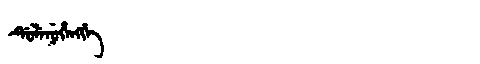
Manchu: ᡩᡠᠯᡝᠨᡠᡥᡝᠩᡤᡝ
Romanization: DULENUHENGGE